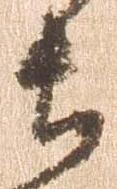
衛